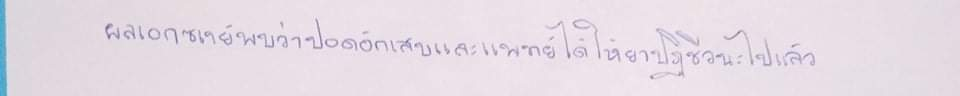
ผลเอกซเรย์พบว่าปอดอักเสบและแพทย์ได้ให้ยาปฏิชีวนะไปแล้ว